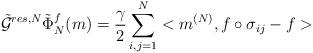
LaTeX: \begin{align*}\tilde{\mathcal{G}}^{res,N} \tilde\Phi_N^f(m)= \frac{\gamma}{2} \sum\limits_{i,j=1}^N <m^{(N)},f \circ \sigma_{ij} -f>\end{align*}